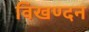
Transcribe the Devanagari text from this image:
विखण्दन